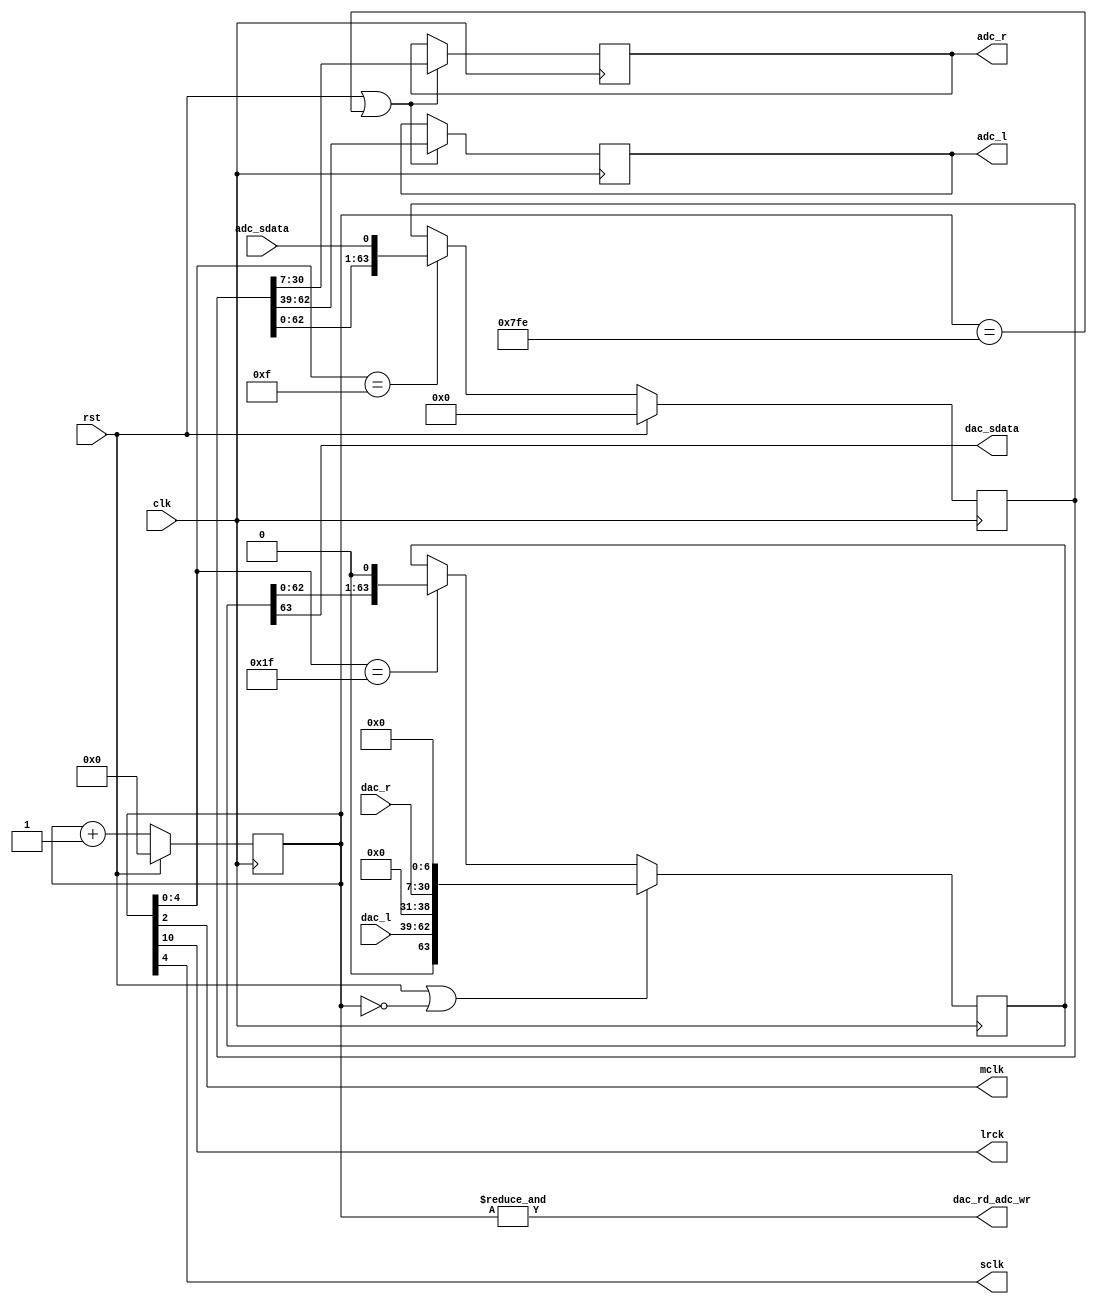
/***********************************************************************/
/*                                                                     */
/* I2S vezerlo a PmodI2S2 audio modulhoz. Az adatok 24 bitesek, a      */
/* mintaveteli frekvencia 48 kHz. Az adatbemeneteket a dac_rd_adc_wr   */
/* impulzus utani masodik orajelre mintavetelezzuk, az adatkimeneteket */
/* ezzel a jellel egyutt frissitjuk, es a kovetkezo utemig kitartjuk   */
/* (tehat tudunk BRAM-ot, FIFO-t es hasonlokat kezelni).               */
/*                                                                     */
/***********************************************************************/

`timescale 1ns / 1ps

module pmodi2s2(
    input clk,   //98.304 MHz
    input rst,
    output mclk, //12.288 MHz
    output lrck, //48 kHz
    output sclk, //3.072 MHz
    input[23:0] dac_l,
    input[23:0] dac_r,
    output dac_sdata,
    input adc_sdata,
    output reg[23:0] adc_l,
    output reg[23:0] adc_r,
    output dac_rd_adc_wr
);

    /* I2S orajelek eloallitasa */
    reg[10:0] cntr;
    always@(posedge clk)
        cntr<=rst?(11'd0):(cntr+1'b1);
    assign mclk=cntr[2];
    assign lrck=cntr[10];
    assign sclk=cntr[4];

    /* SCLK fel- es lefuto ele */
    wire sclk_rise=(cntr[4:0]==5'b01111);
    wire sclk_fall=(cntr[4:0]==5'b11111);

    /* adat kiadasa a DAC-nak */
    reg[63:0] dac_shr;
    always@(posedge clk)
        if(rst|(cntr==0))
            dac_shr<={1'b0, dac_l, 8'd0, dac_r, 7'd0};
        else if(sclk_fall)
            dac_shr<={dac_shr[62:0], 1'b0};
    assign dac_sdata=dac_shr[63];

    /* adat beolvasasa az ADC-tol */
    reg[63:0] adc_shr;
    always@(posedge clk)
        if(rst)
            adc_shr<=24'd0;
        else if(sclk_rise)
            adc_shr<={adc_shr[62:0], adc_sdata};

    always@(posedge clk)
        if(rst|(cntr==2046))
        begin
            adc_l<=adc_shr[62:39];
            adc_r<=adc_shr[30:7];
        end

    /* dac_rd_adc_wr impulzus */
    assign dac_rd_adc_wr=&cntr;

endmodule